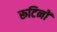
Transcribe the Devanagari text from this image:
रूटिनों